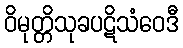
ဝိမုတ္တိသုခပဋိသံဝေဒီ